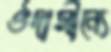
ঔদাসীন্যে